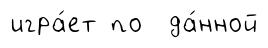
игра́ет по да́нной